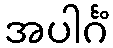
အပါင်္ဂံ